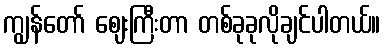
ကျွန်တော် ဈေးကြီးတာ တစ်ခုခုလိုချင်ပါတယ်။